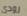
رودى